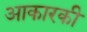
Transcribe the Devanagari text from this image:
आकारकी